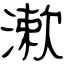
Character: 漱